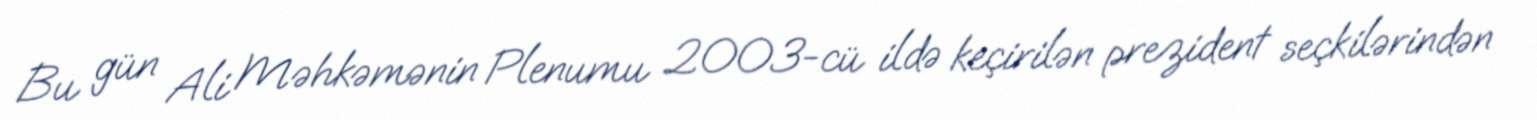
Bu gün Ali Məhkəmənin Plenumu 2003-cü ildə keçirilən prezident seçkilərindən